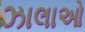
ઝાલાઓ